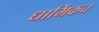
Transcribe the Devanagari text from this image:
धार्मिकच